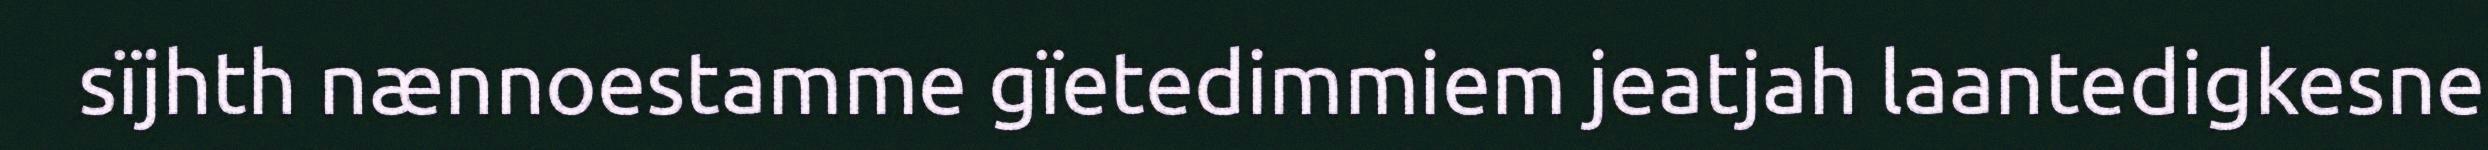
sïjhth nænnoestamme gïetedimmiem jeatjah laantedigkesne